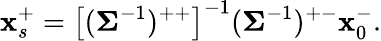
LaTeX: \mathbf{x}_{s}^{+}=\left[(\mathbf{\Sigma}^{-1})^{++}\right]^{-1}(\mathbf{\Sigma}^{-1})^{+-}\mathbf{x}_{0}^{-}.